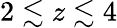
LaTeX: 2\lesssim z\lesssim 4